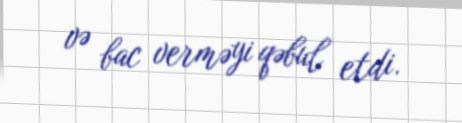
və bac verməyi qəbul etdi.